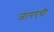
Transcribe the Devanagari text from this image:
जागएची